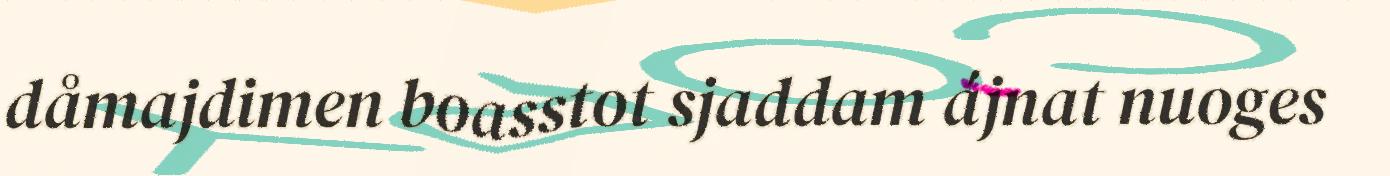
dåmajdimen boasstot sjaddam ájnat nuoges